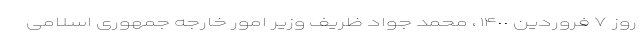
روز ٧ فروردین ١۴٠٠ ، محمد جواد ظریف وزیر امور خارجه جمهوری اسلامی